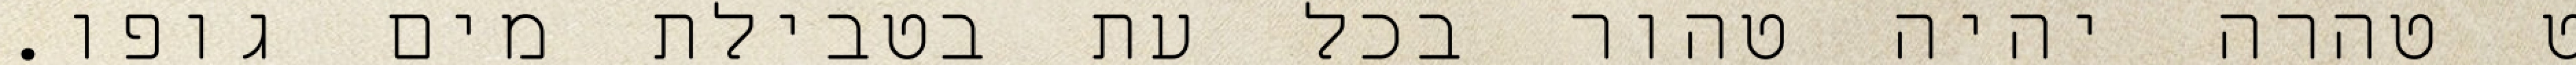
ט טהרה יהיה טהור בכל עת בטבילת מים גופו.